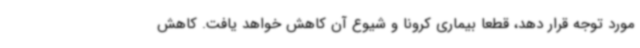
مورد توجه قرار دهد، قطعا بیماری کرونا و شیوع آن کاهش خواهد یافت. کاهش